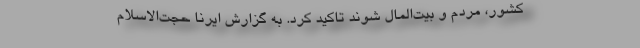
کشور، مردم و بیت‌المال شوند تاکید کرد. به گزارش ایرنا حجت‌الاسلام